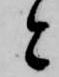
と